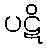
ပဋိ